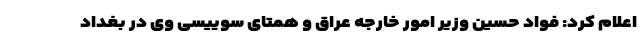
اعلام کرد: فواد حسین وزیر امور خارجه عراق و همتای سوییسی وی در بغداد